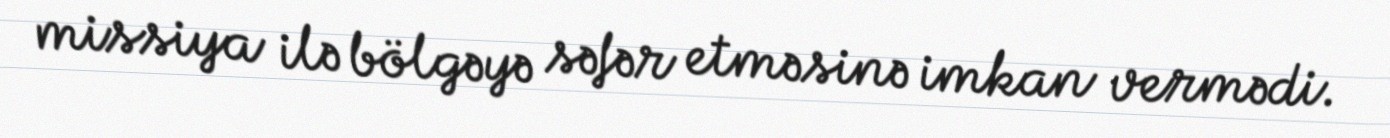
missiya ilə bölgəyə səfər etməsinə imkan vermədi.